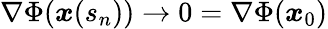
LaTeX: \nabla\Phi({\boldsymbol x}(s_{n}))\to 0=\nabla\Phi({\boldsymbol x}_{0})